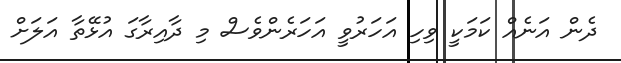
ދެން އަނެއް ކަމަކީ ވިހި އަހަރުވީ އަހަރެންވެސް މި ދާއިރާގަ އުޅޭތާ އަލަށް